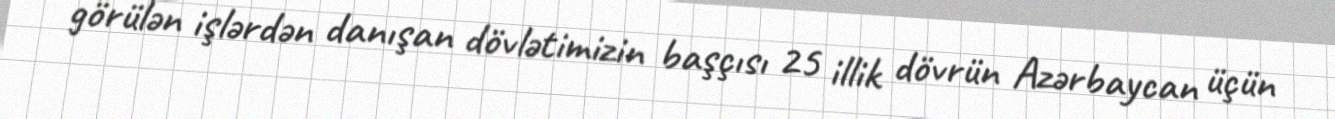
görülən işlərdən danışan dövlətimizin başçısı 25 illik dövrün Azərbaycan üçün